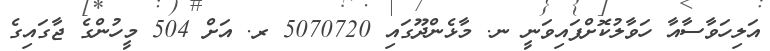
އަލިހަވާސާއާ ހަވާލުކޮށްފައިވަނީ ނ. މާޅެންދޫގައި 5070720 ރ. އަށް 504 މީހުންގެ ޖާގައިގެ